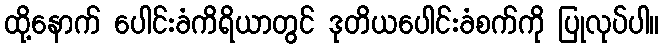
ထို့နောက် ပေါင်းခံကိရိယာတွင် ဒုတိယပေါင်းခံစက်ကို ပြုလုပ်ပါ။